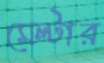
মেল্টার